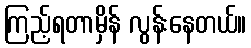
ကြည့်ရတာမှိန် လွန်းနေတယ်။